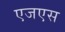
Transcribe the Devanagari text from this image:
एजएस